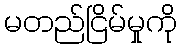
မတည်ငြိမ်မှုကို